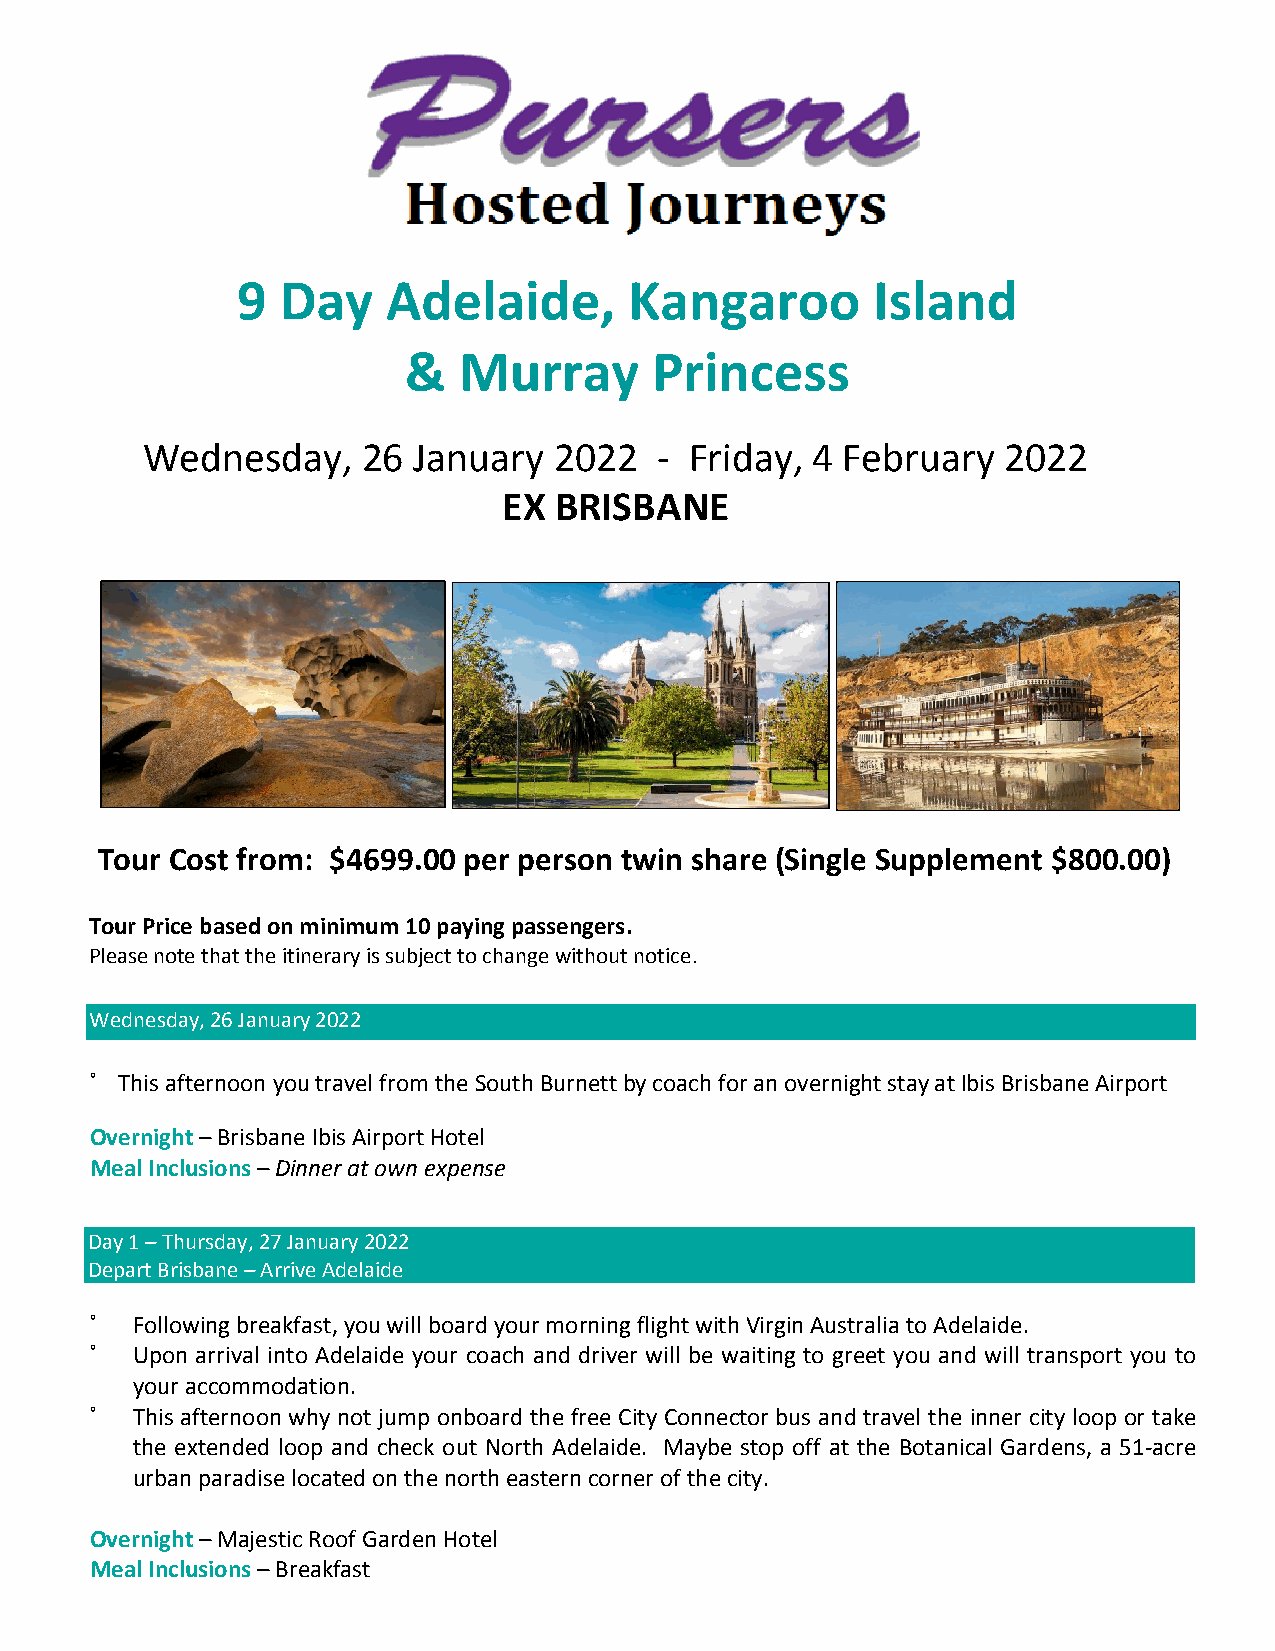
9  Day    Adelaide,       Kangaroo        Island
 &  Murray       Princess
 Wednesday,     26 January   2022   - Friday, 4 February  2022
 EX  BRISBANE
 Tour Cost from: $4699.00 per person twin share (Single Supplement $800.00)
 Tour Price based on minimum 10 paying passengers.
 Please note that the itinerary is subject to change without notice.
 Wednesday, 26 January 2022
 ˚ This afternoon you travel from the South Burnett by coach for an overnight stay at Ibis Brisbane Airport
 Overnight – Brisbane Ibis Airport Hotel
 Meal Inclusions – Dinner at own expense
 Day 1 – Thursday, 27 January 2022
 Depart Brisbane – Arrive Adelaide
 ˚  Following breakfast, you will board your morning flight with Virgin Australia to Adelaide.
 ˚  Upon arrival into Adelaide your coach and driver will be waiting to greet you and will transport you to
 your accommodation.
 ˚  This afternoon why not jump onboard the free City Connector bus and travel the inner city loop or take
 the extended loop and check out North Adelaide. Maybe stop off at the Botanical Gardens, a 51-acre
 urban paradise located on the north eastern corner of the city.
 Overnight – Majestic Roof Garden Hotel
 Meal Inclusions – Breakfast